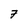
Character: 7